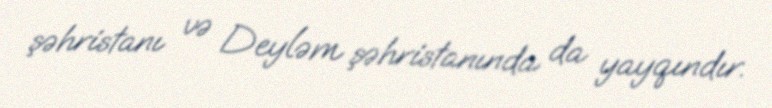
şəhristanı və Deyləm şəhristanında da yayqındır.